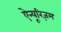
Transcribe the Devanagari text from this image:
ऐन्यूरिज़म